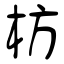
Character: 枋